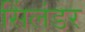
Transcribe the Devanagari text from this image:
सिंलंडर